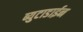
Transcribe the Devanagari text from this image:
ब्युटाडाईन